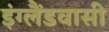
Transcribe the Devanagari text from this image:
इंग्लैंडवासी